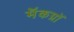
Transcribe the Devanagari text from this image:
मॅकग्रॉ